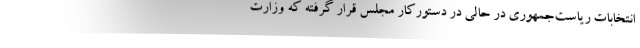
انتخابات ریاست‌جمهوری در حالی در دستورکار مجلس قرار گرفته که وزارت